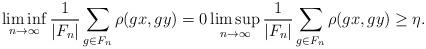
LaTeX: \begin{align*}\liminf_{n\rightarrow\infty} \frac{1}{|F_n|} \sum_{g\in F_n} \rho(gx,gy)=0 \limsup_{n\rightarrow\infty}\frac{1}{|F_n|} \sum_{g\in F_n} \rho(gx,gy)\ge \eta.\end{align*}